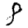
Digit: 8